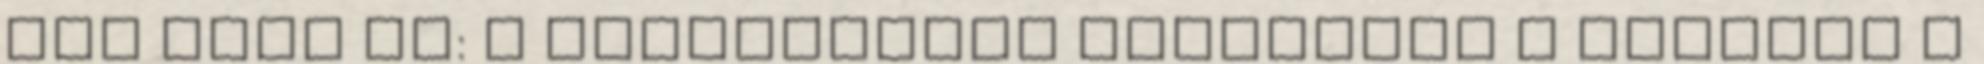
Női kézi MK: a Dunaújváros kiejtette a kupából a